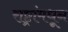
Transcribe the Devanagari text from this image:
राष्ट्रांमधून